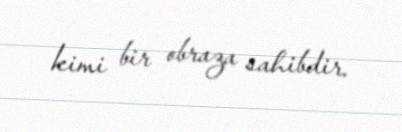
kimi bir obraza sahibdir.